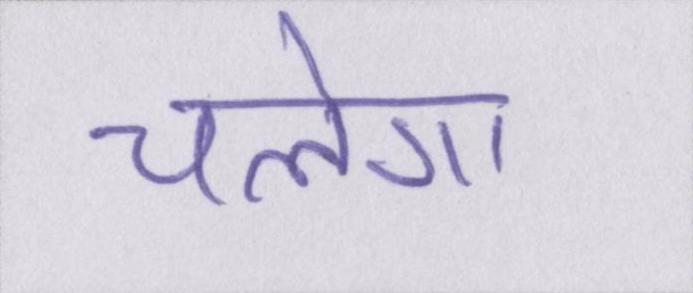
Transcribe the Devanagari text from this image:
चलेगा